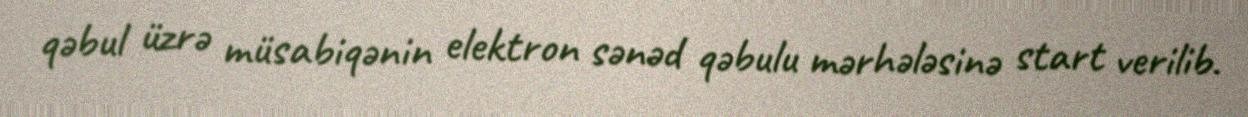
qəbul üzrə müsabiqənin elektron sənəd qəbulu mərhələsinə start verilib.